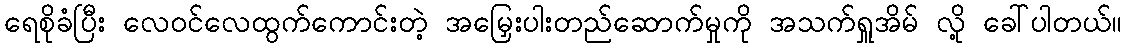
ရေစိုခံပြီး လေဝင်လေထွက်ကောင်းတဲ့ အမြှေးပါးတည်ဆောက်မှုကို အသက်ရှူအိမ် လို့ ခေါ်ပါတယ်။